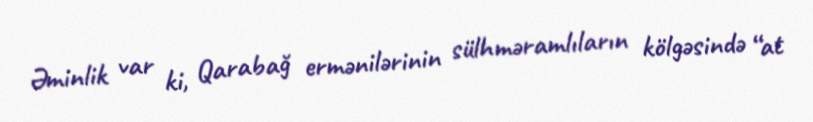
Əminlik var ki, Qarabağ ermənilərinin sülhməramlıların kölgəsində “at